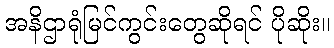
အနိဌာရုံမြင်ကွင်းတွေဆိုရင် ပိုဆိုး။